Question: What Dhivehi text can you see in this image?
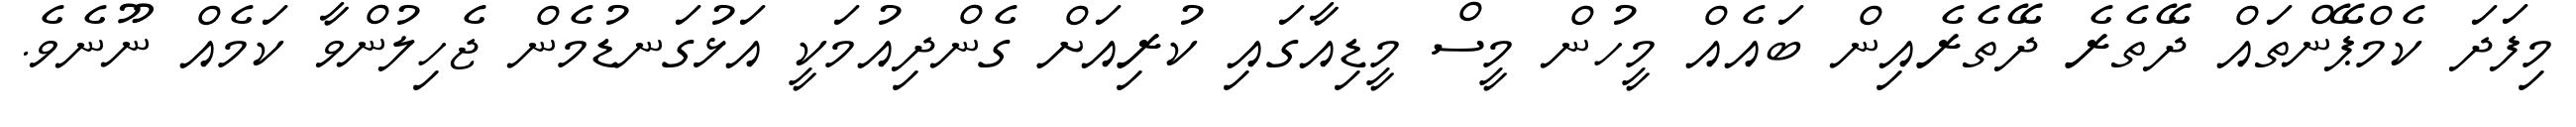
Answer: މިފަދަ ކެމްޕޭންތައް ދޭތެރެ ދޭތެރެއިން ބައެއް މީހުން މީސް މީޑިއާގައި ކުރިއަށް ގެންދިއުމަކީ އަޅުގަނޑުމެން ޖެހިލުންވާ ކަމެއް ނޫނެވެ.